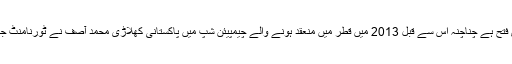
ایشیئن سکس ریڈ اسنوکر میں یہ پاکستان کی دوسری فتح ہے چناچنہ اس سے قبل 2013 میں قطر میں منعقد ہونے والے چیمپیئن شپ میں پاکستانی کھلاڑی محمد آصف نے ٹورنامنٹ جیت کر پاکستان کو پہلی بار اس اعزاز سے نوازا تھا۔